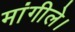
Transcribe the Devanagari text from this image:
मांगीले।